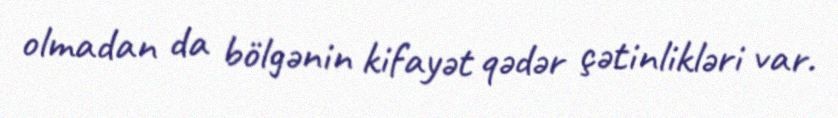
olmadan da bölgənin kifayət qədər çətinlikləri var.